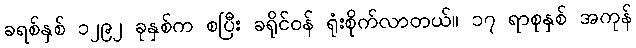
ခရစ်နှစ် ၁၂၉၂ ခုနှစ်က စပြီး ခရိုင်ဝန် ရုံးစိုက်လာတယ်။ ၁၇ ရာစုနှစ် အကုန်